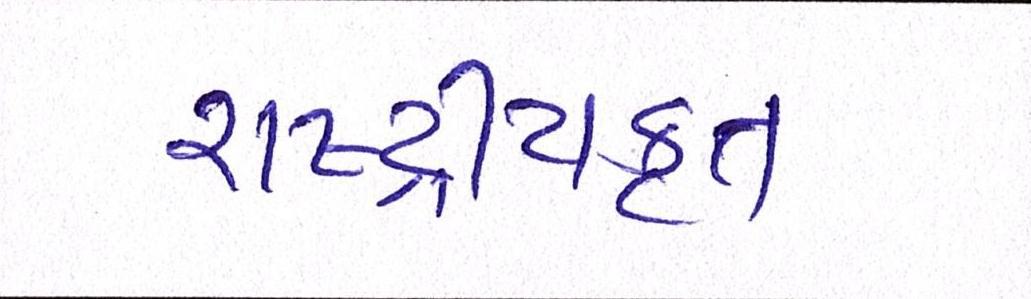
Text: રાષ્ટ્ર્રીયકૃત